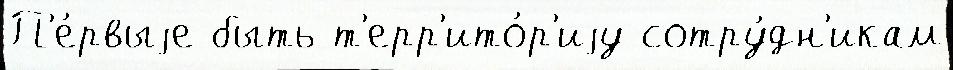
П'е́рвыjе быть т'ерр'ито́р'иjу сотру́дн'икам